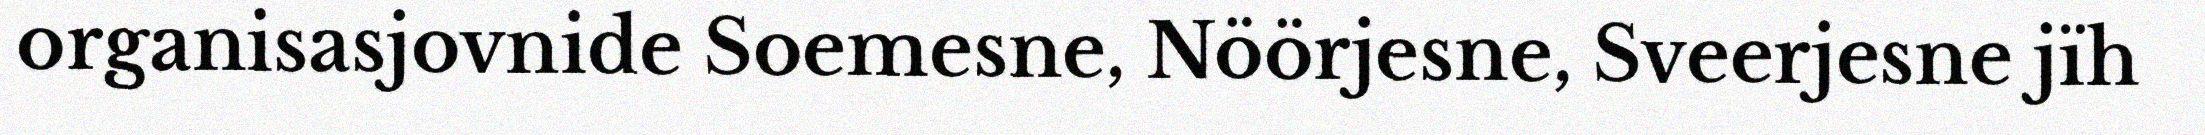
organisasjovnide Soemesne, Nöörjesne, Sveerjesne jïh